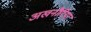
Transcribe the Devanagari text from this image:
अखनौरिया